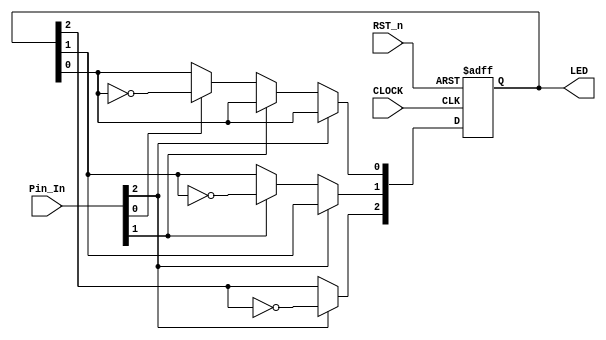
//****************************************************************************//
//# @Author: 
//# @Date:   2019-06-05 21:05:29
//# @Last Modified by:   zlk
//# @WeChat Official Account: OpenFPGA
//# @Last Modified time: 2019-06-09 03:24:19
//# Description: 
//# @Modification History: 2012-10-03 16:35:17
//# Date			    By			   Version			   Change Description: 
//# ========================================================================= #
//# 2012-10-03 16:35:17
//# ========================================================================= #
//# |                                          								| #
//# |                                OpenFPGA     							| #
//****************************************************************************//
module led_module 
(
    CLOCK, RST_n, 
    Pin_In,
    LED
);

    input CLOCK;
	input RST_n;
	input [2:0]Pin_In;
	output [2:0]LED;

	 
	/*************************/ // sub demo		
	
	reg [2:0]rLED;
	
	always @ ( posedge CLOCK or negedge RST_n )
	    if( !RST_n )
		     rLED <= 2'b00;
		 else if( Pin_In[2] )
		     rLED[2] <= ~rLED[2];
	    else if( Pin_In[1] )		 
		     rLED[1] <= ~rLED[1]; 
		else if( Pin_In[0] )
		     rLED[0] <= ~rLED[0];
			  
	/***************************/

	assign LED=rLED;
	 
endmodule